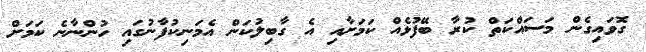
ގޮވައިގެން މަސައްކަތް ކުރާ ބޭފުޅެއް ކަމަށާއި އެ ގާބިލުކަން އެމަނިކުފާނުގައި ހުންނާނެ ކަމަށް